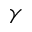
\gamma